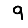
Digit: 9